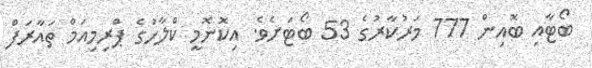
ބޯޓާއި ބޮއިން 777 މަރުކާރުގެ 53 ބޯޓަށެވެ. އިކޮނޮމީ ކްލާހުގެ ޕްރިމިއަމް ތައާރަފް